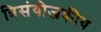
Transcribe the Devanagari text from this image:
त्रिसंयोजकीय